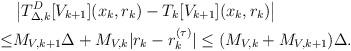
LaTeX: \begin{align*}&\left |T^{D}_{\Delta,k}[V_{k+1}](x_k, r_k)-T_k[V_{k+1}](x_k, r_k)\right |\\\leq& M_{V,k+1}\Delta+M_{V,k}|r_k-r_k^{(\tau)}|\leq (M_{V,k}+M_{V,k+1})\Delta.\end{align*}